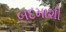
બદમાશી